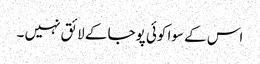
اس کے سوا کوئی پوجا کے لائق نہیں ۔